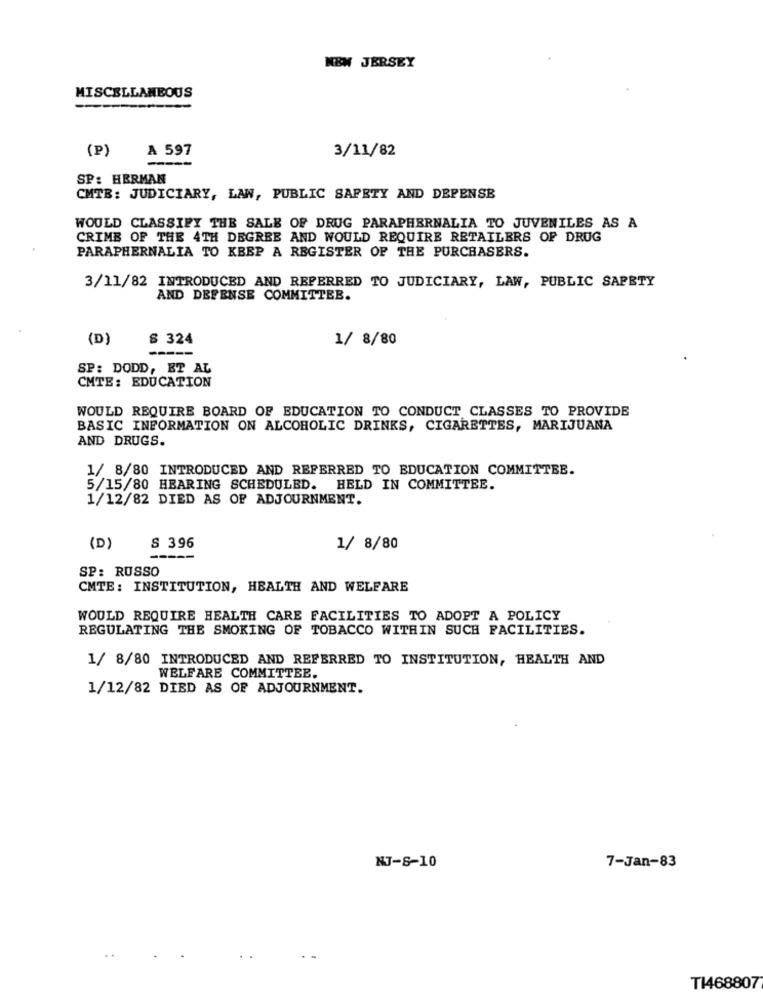
NEW JERSEY
MISCELLANEOUS
A 597
(P)
-----
3/11/82
SP: HERMAN
CMTB: JUDICIARY, LAW, PUBLIC SAFETY AND DEPENSE
WOULD CLASSIFY THE SALE OF DRUG PARAPHERNALIA TO JUVENILES AS A
CRIME OF THE 4TH DEGREE AND WOULD REQUIRE RETAILERS OF DRUG
PARAPHERNALIA TO KEEP A REGISTER OF THE PURCHASERS.
3/11/82 INTRODUCED AND REFERRED TO JUDICIARY, LAW, PUBLIC SAPETY
AND DEFENSE COMMITTEE.
(D)
§ 324
1/ 8/80
-----
SP: DODD, ET AL
CMTE: EDUCATION
WOULD REQUIRE BOARD OF EDUCATION TO CONDUCT CLASSES TO PROVIDE
BASIC INFORMATION ON ALCOHOLIC DRINKS, CIGARETTES, MARIJUANA
AND DRUGS.
1/ 8/80 INTRODUCED AND REFERRED TO EDUCATION COMMITTEE.
5/15/80 HEARING SCHEDULED. HELD IN COMMITTEE.
1/12/82 DIED AS OF ADJOURNMENT.
(D)
S 396
1/ 8/80
SP: RUSSO
CMTE: INSTITUTION, HEALTH AND WELFARE
WOULD REQUIRE HEALTH CARE FACILITIES TO ADOPT A POLICY
REGULATING THE SMOKING OF TOBACCO WITHIN SUCH FACILITIES.
1/ 8/80 INTRODUCED AND REFERRED TO INSTITUTION, HEALTH AND
WELFARE COMMITTEE.
1/12/82 DIED AS OF ADJOURNMENT.
NJ-8-10
7-Jan-83
TI468807